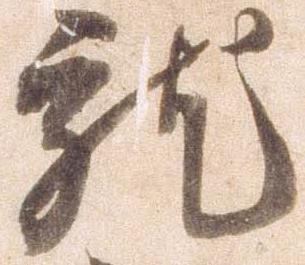
就